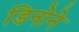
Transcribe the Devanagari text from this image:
डिनोने